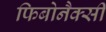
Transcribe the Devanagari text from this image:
फिबोनैक्सी